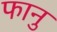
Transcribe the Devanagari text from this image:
फानु